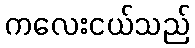
ကလေးငယ်သည်